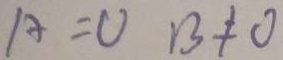
A = 0 B \neq 0